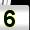
Digit: 5